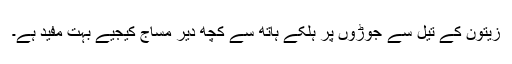
زیتون کے تیل سے جوڑوں پر ہلکے ہاتھ سے کچھ دیر مساج کیجیے بہت مفید ہے۔